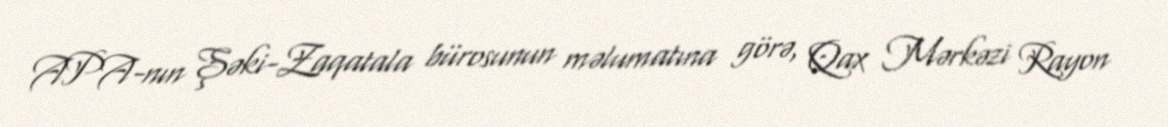
APA-nın Şəki-Zaqatala bürosunun məlumatına görə, Qax Mərkəzi Rayon